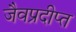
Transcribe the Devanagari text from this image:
जैवप्रदीप्त